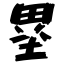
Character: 塁